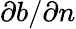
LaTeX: \partial b/\partial n